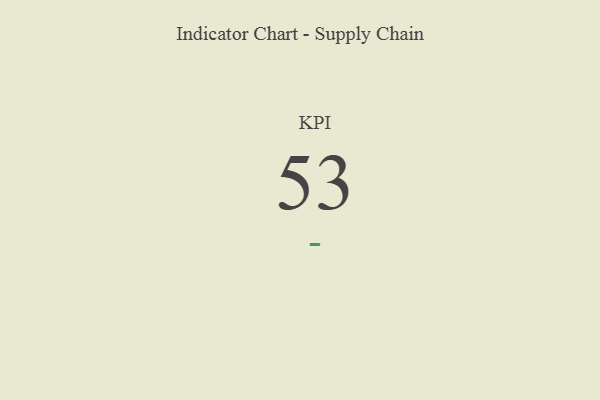
{"axis": {"x": "KPI", "y": "Value"}, "legend": [""], "data": [{"x": "KPI", "y": 53, "type": ""}]}